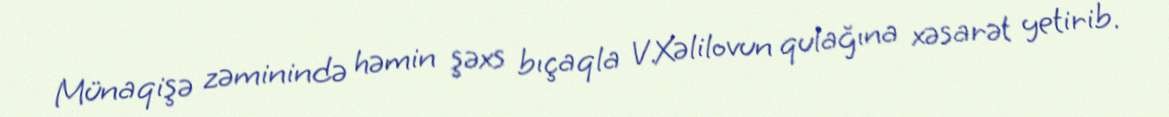
Münaqişə zəminində həmin şəxs bıçaqla V.Xəlilovun qulağına xəsarət yetirib.